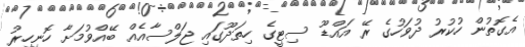
އެގޮތުން ހުކުރު ދުވަހުގެ ރޭ އައްޑޫ ސިޓީގެ ހިތަދޫގައި ޖަލްސާއެއް ބޭއްވުމަށާ ހޮނިހިރު